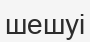
шешуі